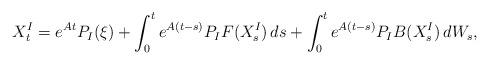
LaTeX: \begin{align*} X_t^I = e^{ A t } P_{ I }( \xi ) + \int_0^t e^{ A ( t - s ) } P_{ I } F( X^I_s ) \, ds + \int_0^t e^{ A ( t - s ) } P_{ I } B( X^I_s ) \, dW_s ,\end{align*}